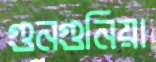
গুনগুনিয়া